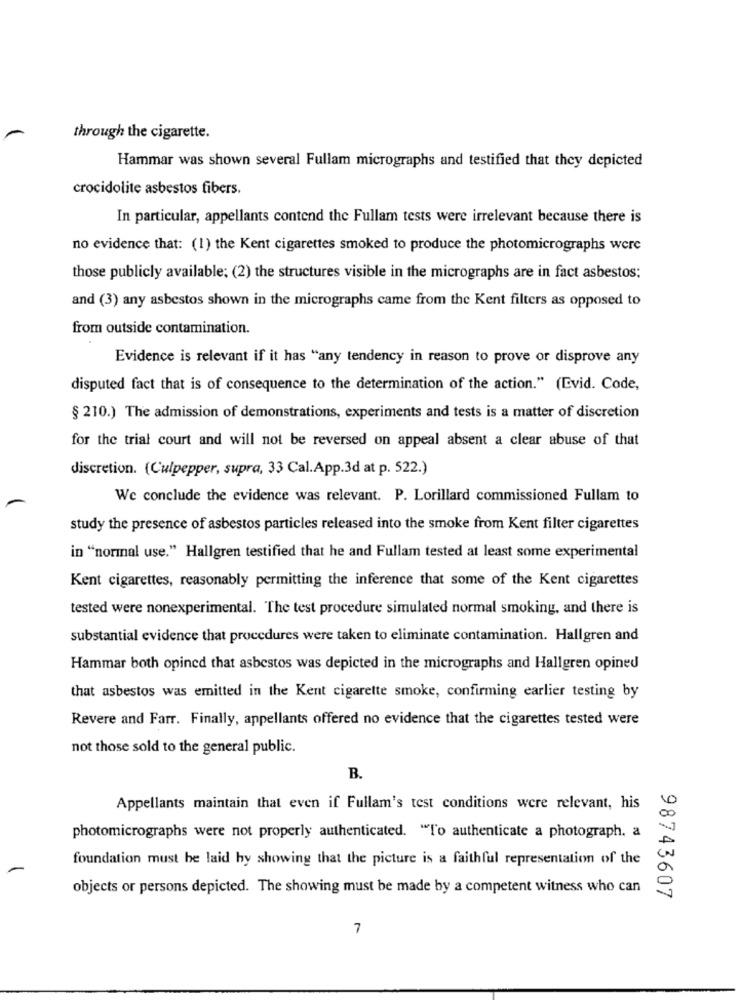
through the cigarette.
Hammar was shown several Fullam micrographs and testified that they depicted
crocidolite asbestos fibers.
In particular, appellants contend the Fullam tests were irrelevant because there is
no evidence that: (1) the Kent cigarettes smoked to produce the photomicrographs were
those publicly available; (2) the structures visible in the micrographs are in fact asbestos;
and (3) any asbestos shown in the micrographs came from the Kent filters as opposed to
from outside contamination.
Evidence is relevant if it has "any tendency in reason to prove or disprove any
disputed fact that is of consequence to the determination of the action." (Evid. Code,
§ 210.) The admission of demonstrations, experiments and tests is a matter of discretion
for the trial court and will not be reversed on appeal absent a clear abuse of that
discretion. (Culpepper, supra, 33 Cal.App.3d at p. 522.)
We conclude the evidence was relevant. P. Lorillard commissioned Fullam to
study the presence of asbestos particles released into the smoke from Kent filter cigarettes
in "normal use." Hallgren testified that he and Fullam tested at least some experimental
Kent cigarettes, reasonably permitting the inference that some of the Kent cigarettes
tested were nonexperimental. The test procedure simulated normal smoking, and there is
substantial evidence that procedures were taken to eliminate contamination. Hallgren and
Hammar both opined that asbestos was depicted in the micrographs and Hallgren opined
that asbestos was emitted in the Kent cigarette smoke, confirming earlier testing by
Revere and Farr. Finally, appellants offered no evidence that the cigarettes tested were
not those sold to the general public.
B.
Appellants maintain that even if Fullam's test conditions were relevant, his
photomicrographs were not properly authenticated. "To authenticate a photograph. a
foundation must be laid hy showing that the picture is a faithful representation of the
objects or persons depicted. The showing must be made by a competent witness who can
98743607
7